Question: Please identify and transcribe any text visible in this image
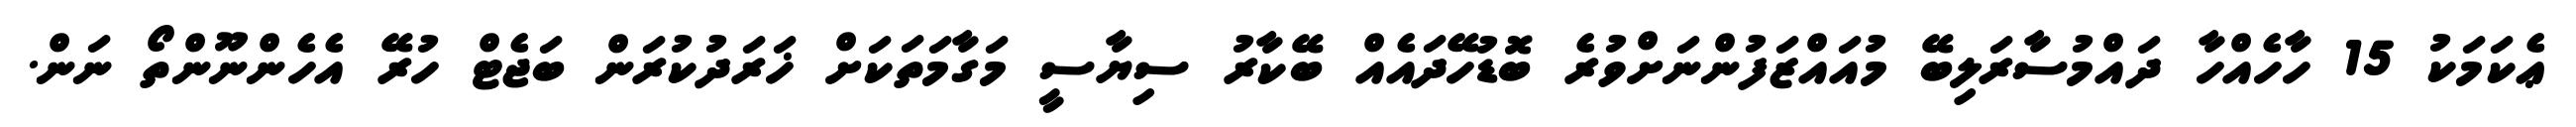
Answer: ޢެކަމަކު 15 ހާހެއްހާ ދައްމުސާރަލިބޭ މުއައްޒަފުންނަށްވުރެ ބޮޑުހޭދައެއް ބޭކާރު ސިޔާސީ މަގާމަތަކަށް ޚަރަދުކުރަން ބަޖެޓް ހުރޭ އެހެންނޫންތޯ ނަން.